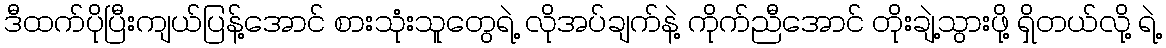
ဒီထက်ပိုပြီးကျယ်ပြန့်အောင် စားသုံးသူတွေရဲ့ လိုအပ်ချက်နဲ့ ကိုက်ညီအောင် တိုးချဲ့သွားဖို့ ရှိတယ်လို့ ရဲ့